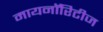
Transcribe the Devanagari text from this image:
मायनाॅरिटीज